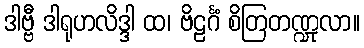
ဒါဗ္ဗီ ဒါရုဟလိဒ္ဒါ ထ၊ ဗိဠင်္ဂံ စိတြတဏ္ဍုလာ။